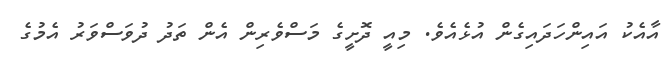
އާއެކު އައިންހަދައިގެން އުޅެއެވެ. މިއީ ދޮށީގެ މަސްވެރިން އެން ތަދު ދުވަސްވަރު އެމުގެ